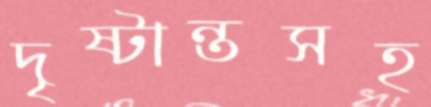
দৃষ্টান্তসহ